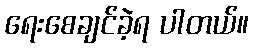
ရေးစေချင်ခဲ့ရ ပါတယ်။